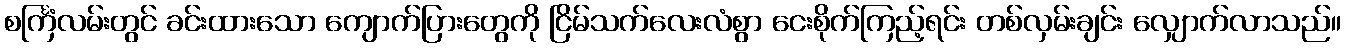
စင်္ကြံလမ်းတွင် ခင်းထားသော ကျောက်ပြားတွေကို ငြိမ်သက်လေးလံစွာ ငေးစိုက်ကြည့်ရင်း တစ်လှမ်းချင်း လျှောက်လာသည်။